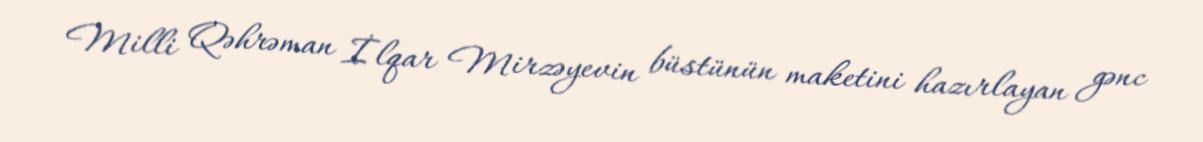
Milli Qəhrəman İlqar Mirzəyevin büstünün maketini hazırlayan gənc